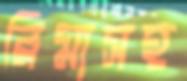
রিমাসহ